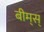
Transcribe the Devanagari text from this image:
बीम्‌स्‌